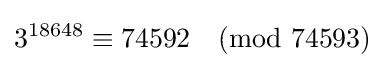
3^{18648}\equiv 74592{\pmod {74593}}